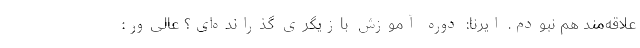
علاقه‌مند هم نبودم. ایرنا: دوره آموزش بازیگری گذرانده‌ای؟ عالی‌ور: